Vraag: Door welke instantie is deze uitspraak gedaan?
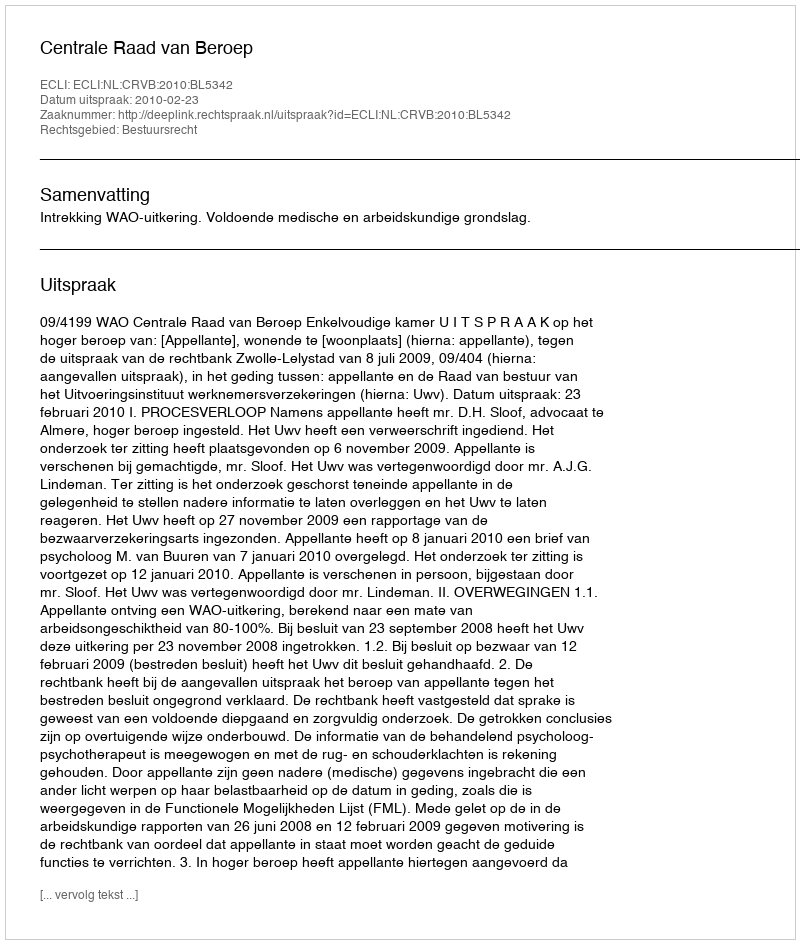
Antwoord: Centrale Raad van Beroep